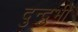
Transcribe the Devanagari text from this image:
दुन्‍दुभी